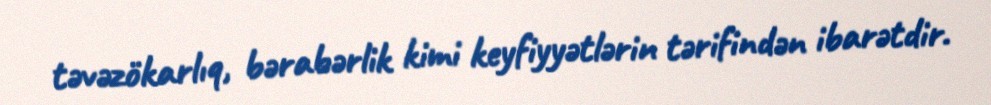
təvəzökarlıq, bərabərlik kimi keyfiyyətlərin tərifindən ibarətdir.